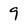
Character: 9